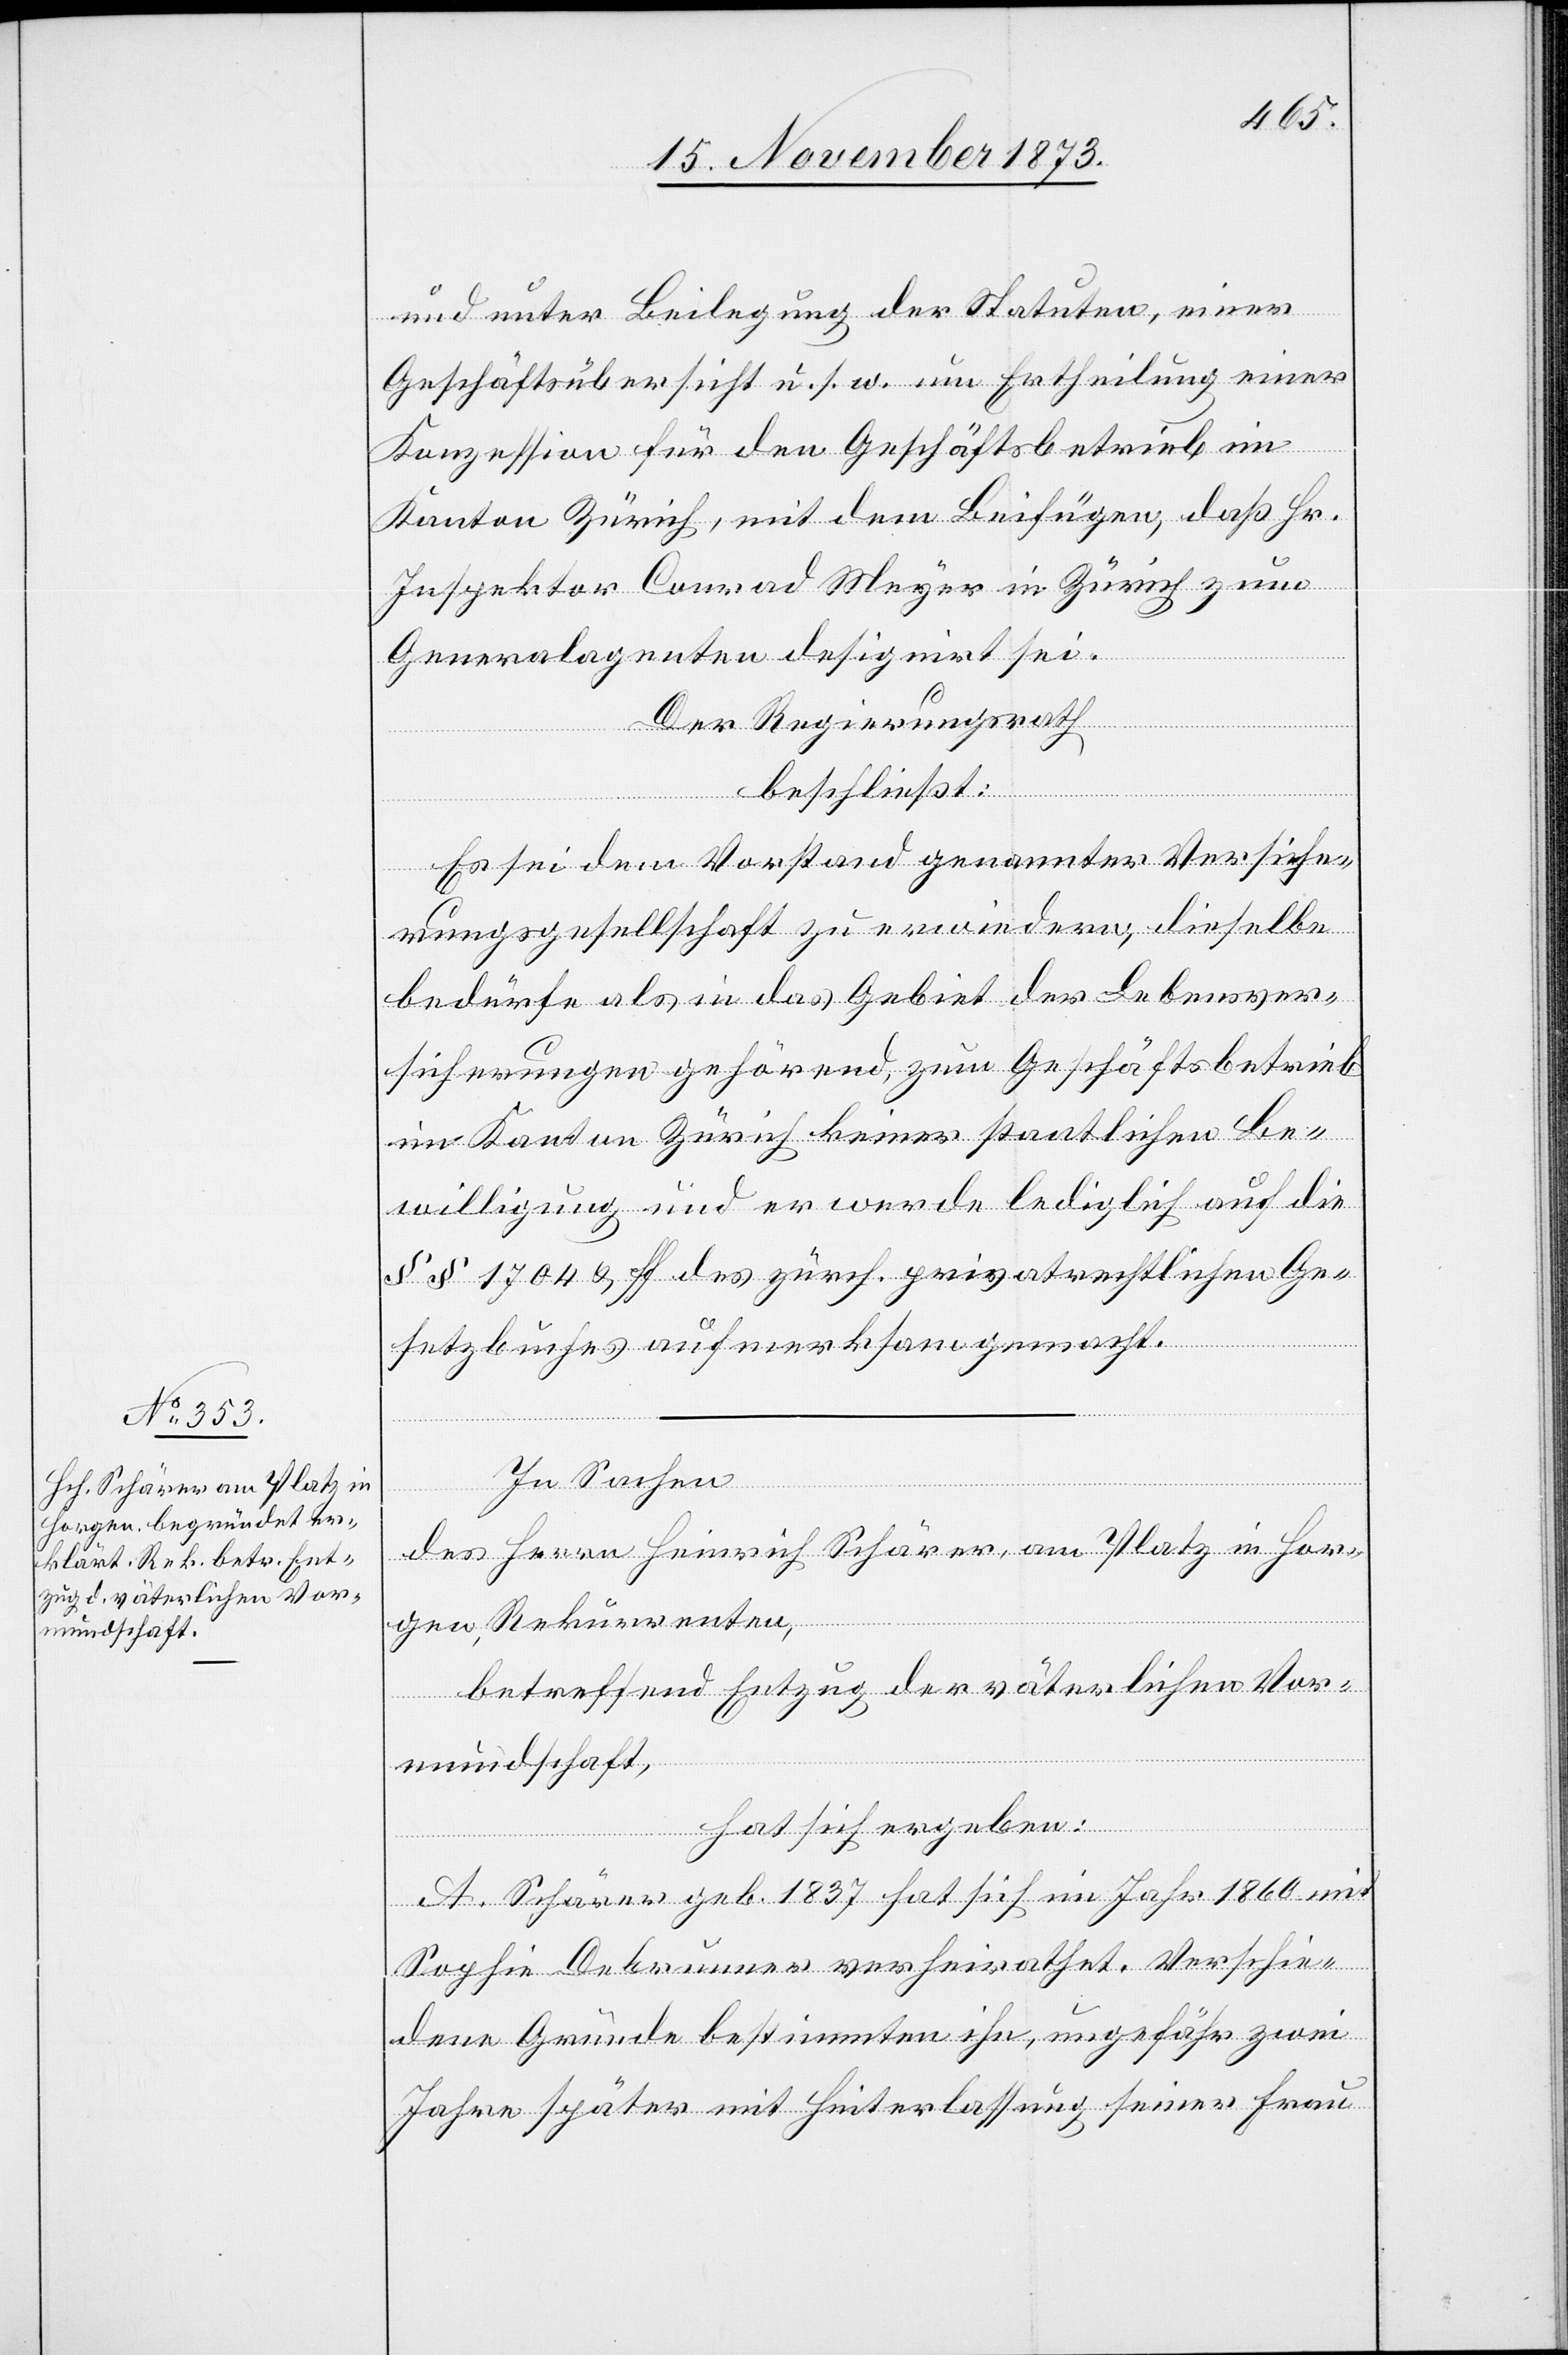
und unter Beilegung der Statuten, einer
Geschäftsübersicht u. s. w. um Ertheilung einer
Konzession für den Geschäftsbetrieb im
Kanton Zürich, mit dem Beifügen, daß Hr.
Inspektor Conrad Meyer in Zürich zum
Generalagenten designirt sei.
Der Regierungsrath
beschließt:
Es sei dem Vorstand genannter Versiche¬
rungsgesellschaft zu erwiedern, dieselbe
bedürfe als in das Gebiet der Lebensver¬
sicherungen gehörend, zum Geschäftsbetrieb
im Kanton Zürich keiner staatlichen Be¬
willigung und er werde lediglich auf die
§§ 1704 & ff des zürch. privatrechtlichen Ge¬
setzbuches aufmerksam gemacht.
In Sachen
des Herrn Heinrich Schärer, am Platz in Hor¬
gen, Rekurrenten,
betreffend Entzug der väterlichen Vor¬
mundschaft,
hat sich ergeben:
A. Schärer geb. 1837 hat sich im Jahr 1860 mit
Sophie Debrunner verheirathet. Verschie¬
dene Gründe bestimmten ihn, ungefähr zwei
Jahre später mit Hinterlassung seiner Frau